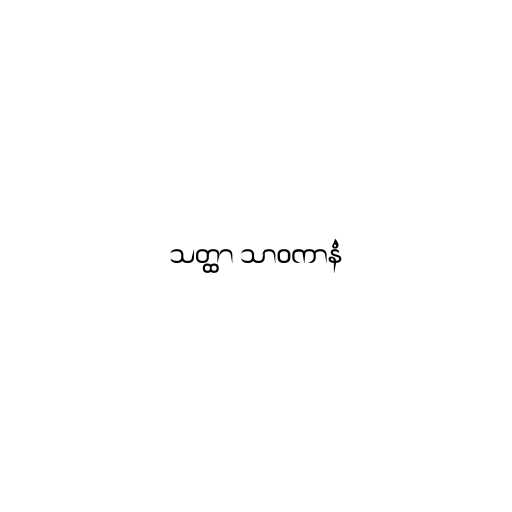
သတ္ထာ သာဝကာနံ